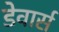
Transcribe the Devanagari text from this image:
डेवार्स